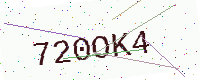
Text: 720OK4